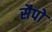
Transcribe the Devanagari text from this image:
सैपो